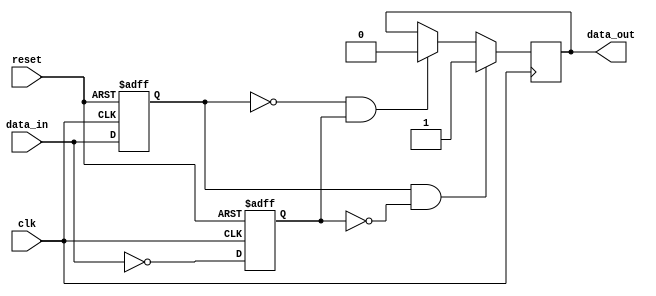
module schmitt_trigger_buffer (
    input wire clk,
    input wire reset,
    input wire data_in,
    output reg data_out
);

reg q, q_bar;

always @(posedge clk or posedge reset) begin
    if (reset) begin
        q <= 0;
        q_bar <= 1;
    end else begin
        q <= data_in;
        q_bar <= ~data_in;
    end
end

always @(posedge clk) begin
    if (q && ~q_bar) begin
        data_out <= 1;
    end else if (~q && q_bar) begin
        data_out <= 0;
    end
end

endmodule